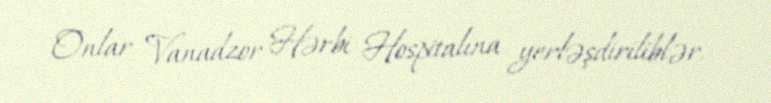
Onlar Vanadzor Hərbi Hospitalına yerləşdiriliblər.